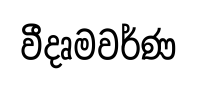
වීදෘමවර්ණ